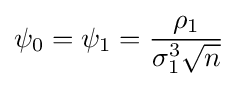
\psi _{0}=\psi _{1}={\frac {\rho _{1}}{\sigma _{1}^{3}{\sqrt {n}}}}